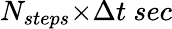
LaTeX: N_{steps}{\times}{\Delta{t}}~sec